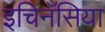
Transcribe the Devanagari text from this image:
इचिनॅसिया